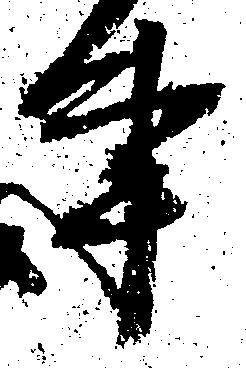
事